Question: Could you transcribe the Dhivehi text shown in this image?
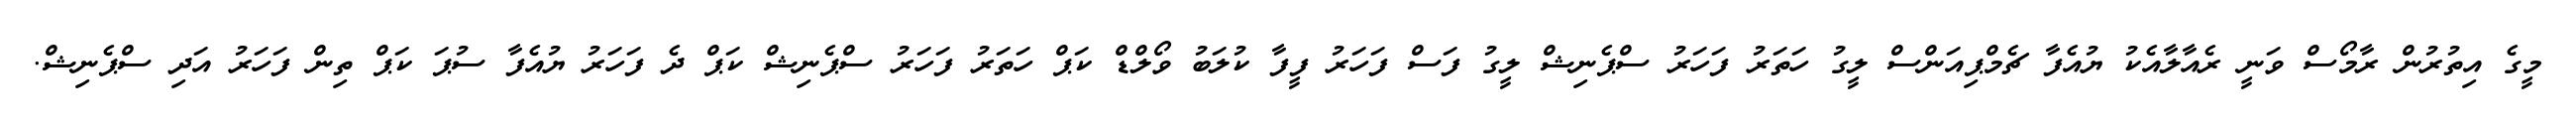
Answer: މީގެ އިތުރުން ރާމޯސް ވަނީ ރެއާލާއެކު ޔުއެފާ ޗެމްޕިއަންސް ލީގު ހަތަރު ފަހަރު ސްޕެނިޝް ލީގު ފަސް ފަހަރު ފީފާ ކުލަބު ވޯލްޑް ކަޕް ހަތަރު ފަހަރު ސްޕެނިޝް ކަޕް ދެ ފަހަރު ޔުއެފާ ސުޕަ ކަޕް ތިން ފަހަރު އަދި ސްޕެނިޝް.